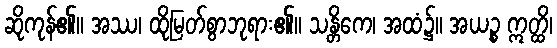
ဆိုကုန်၏။ အဿ၊ ထိုမြတ်စွာဘုရား၏။ သန္တိကေ၊ အထံ၌။ အယဉ္စ ဣတ္ထိ၊